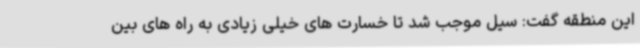
این منطقه گفت: سیل موجب شد تا خسارت های خیلی زیادی به راه های بین